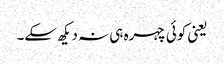
یعنی کوئی چہرہ ہی نہ دیکھ سکے۔